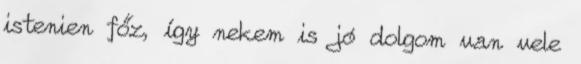
istenien főz, így nekem is jó dolgom van vele